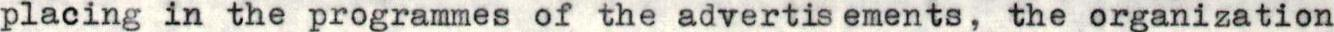
placing in the programmes of the advertisements, the organization